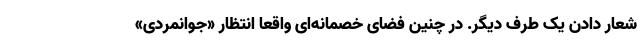
شعار دادن یک طرف دیگر. در چنین فضای خصمانه‌ای واقعاً انتظار «جوانمردی»